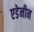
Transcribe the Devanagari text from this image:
एडेनीन